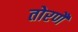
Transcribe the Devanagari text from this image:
तोरणै